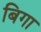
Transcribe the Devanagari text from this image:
बिगा